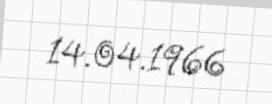
14.04.1966